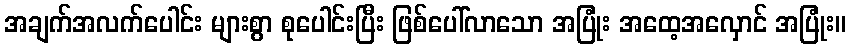
အချက်အလက်ပေါင်း များစွာ စုပေါင်းပြီး ဖြစ်ပေါ်လာသော အပြုံး အထေ့အလှောင် အပြုံး။